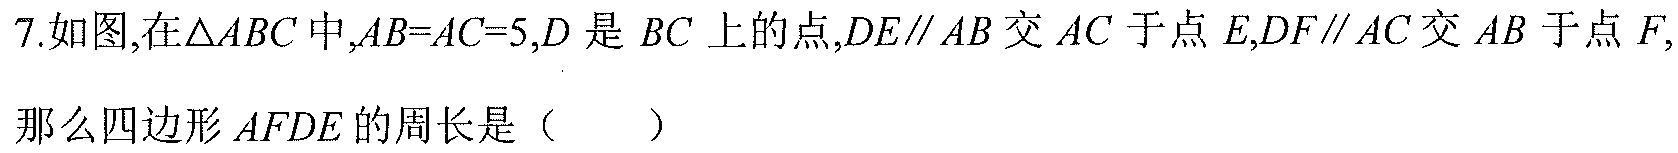
7.如图,在\(\triangle ABC\)中,\(AB = AC = 5\),\(D\)是 \(BC\)上的点,\(DE\parallel AB\)交 \(AC\)于点 \(E\),\(DF\parallel AC\)交 \(AB\)于点 \(F\),
那么四边形\(AFDE\)的周长是（  ）